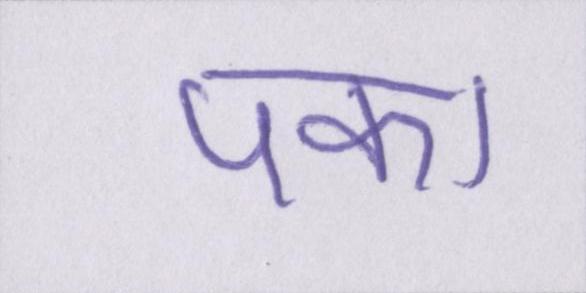
पका